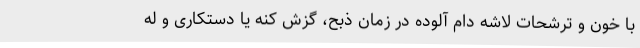
با خون و ترشحات لاشه دام آلوده در زمان ذبح، گزش کنه یا دستکاری و له